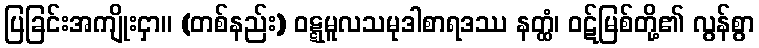
ပြခြင်းအကျိုးငှာ။ (တစ်နည်း) ဝဋ္ဋမူလသမုဒါစာရဒဿ နတ္ထံ၊ ဝဋ်မြစ်တို့၏ လွန်စွာ